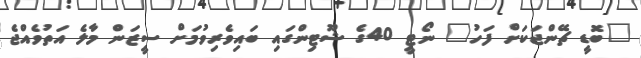
"ބޮޑީ ޗޭންޖަކަށް ފަހު" ނޯޓީ 40ގެ ޝޫޓިންގައި ބައިވެރިވުމަށް ސީޒަން މާލެ އަތުވެއްޖެ